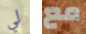
لي مع